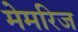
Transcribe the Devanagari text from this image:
मेमरिज